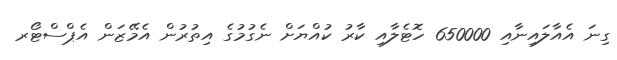
ގިނަ އެއާލައިނާއި 650000 ހޮޓެލާއި ކާރު ކުއްޔަށް ނެގުމުގެ އިތުރުން އެމޭޒަން އެޕްސްޓޯރ